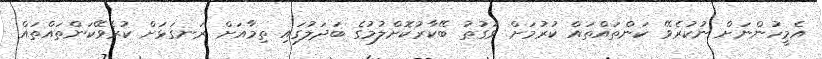
އެމީހުންނަށް ނުކުރެވޭ ކަންތައްތައް ކުރުމަށް ވަގުތު ބޭކާރުކޮށްލުމުގެ ބަދަލުގައި ތިމާއަށް ރަނގަޅަށް ކުރެވޭކަންތައްތައް